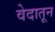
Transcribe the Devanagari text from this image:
वेदातून